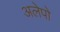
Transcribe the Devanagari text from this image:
अलेपो